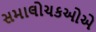
સમાલોચકઓએ